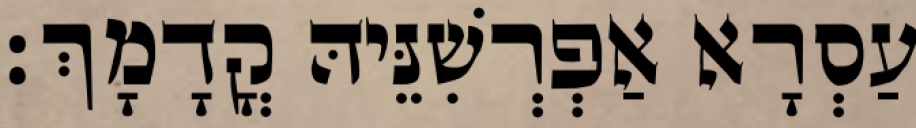
עַסְרָא אַפְרְשִׁנֵּיהּ קֳדָמָךְ׃